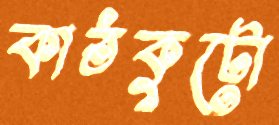
কাঠকুটো